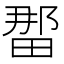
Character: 𪽖